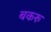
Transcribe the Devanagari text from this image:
बकरु